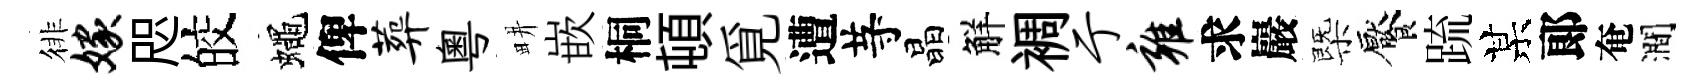
徘嫁咫皎蠅俾葬粤畊嵌桐頓覓遭䒭晶觧裯亍雍求巖㮣饜䟽某郞奄澗